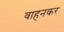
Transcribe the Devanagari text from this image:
वाहनकर